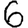
Digit: 6